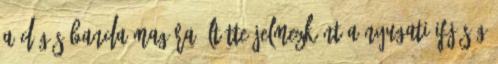
a dögös banda magára öltötte jelmezként a nyugati ifjúság